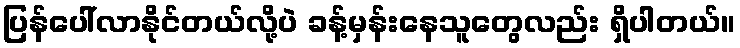
ပြန်ပေါ်လာနိုင်တယ်လို့ပဲ ခန့်မှန်းနေသူတွေလည်း ရှိပါတယ်။